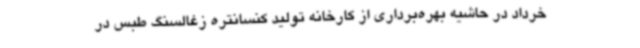
خرداد در حاشیه بهره‌برداری از کارخانه تولید کنسانتره زغالسنگ طبس در